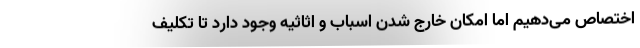
اختصاص می‌دهیم اما امکان خارج شدن اسباب و اثاثیه وجود دارد تا تکلیف